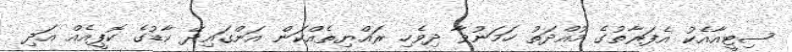
ސިޓީއާއެކު އެފަރާތުގެ މުއްދަތު ހަމަނުވާ ދިވެހި ރައްޔިތެއްކަން އަންގައިދޭ ކާޑުގެ ކޮޕީއެއް އަދި